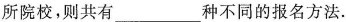
所院校，则共有___种不同的报名方法。